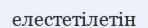
елестетілетін